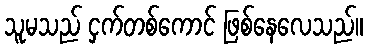
သူမသည် ငှက်တစ်ကောင် ဖြစ်နေလေသည်။